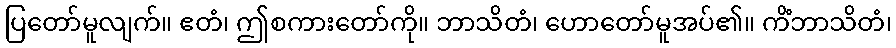
ပြတော်မူလျက်။ ဧတံ၊ ဤစကားတော်ကို။ ဘာသိတံ၊ ဟောတော်မူအပ်၏။ ကိံဘာသိတံ၊